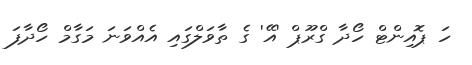
ހަ ޕޮއިންޓް ހޯދާ ގްރޫޕް 'އޭ' ގެ ތާވަލްގައި އެއްވަނަ މަގާމް ހޯދާފަ